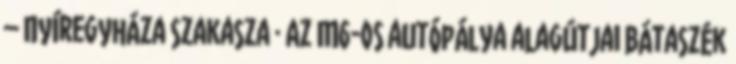
– Nyíregyháza szakasza · Az M6-os autópálya alagútjai Bátaszék